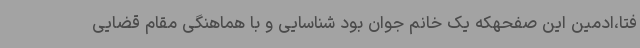
فتا،ادمین این صفحهکه یک خانم جوان بود شناسایی و با هماهنگی مقام قضایی